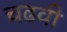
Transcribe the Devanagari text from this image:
चढवी